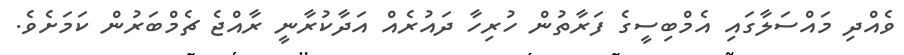
ވެއްދި މައްސަލާގައި އެމްބިސީގެ ފަރާތުން ހުރިހާ ދައުރެއް އަދާކުރާނީ ރާއްޖެ ޗެމްބަރުން ކަމަށެވެ.